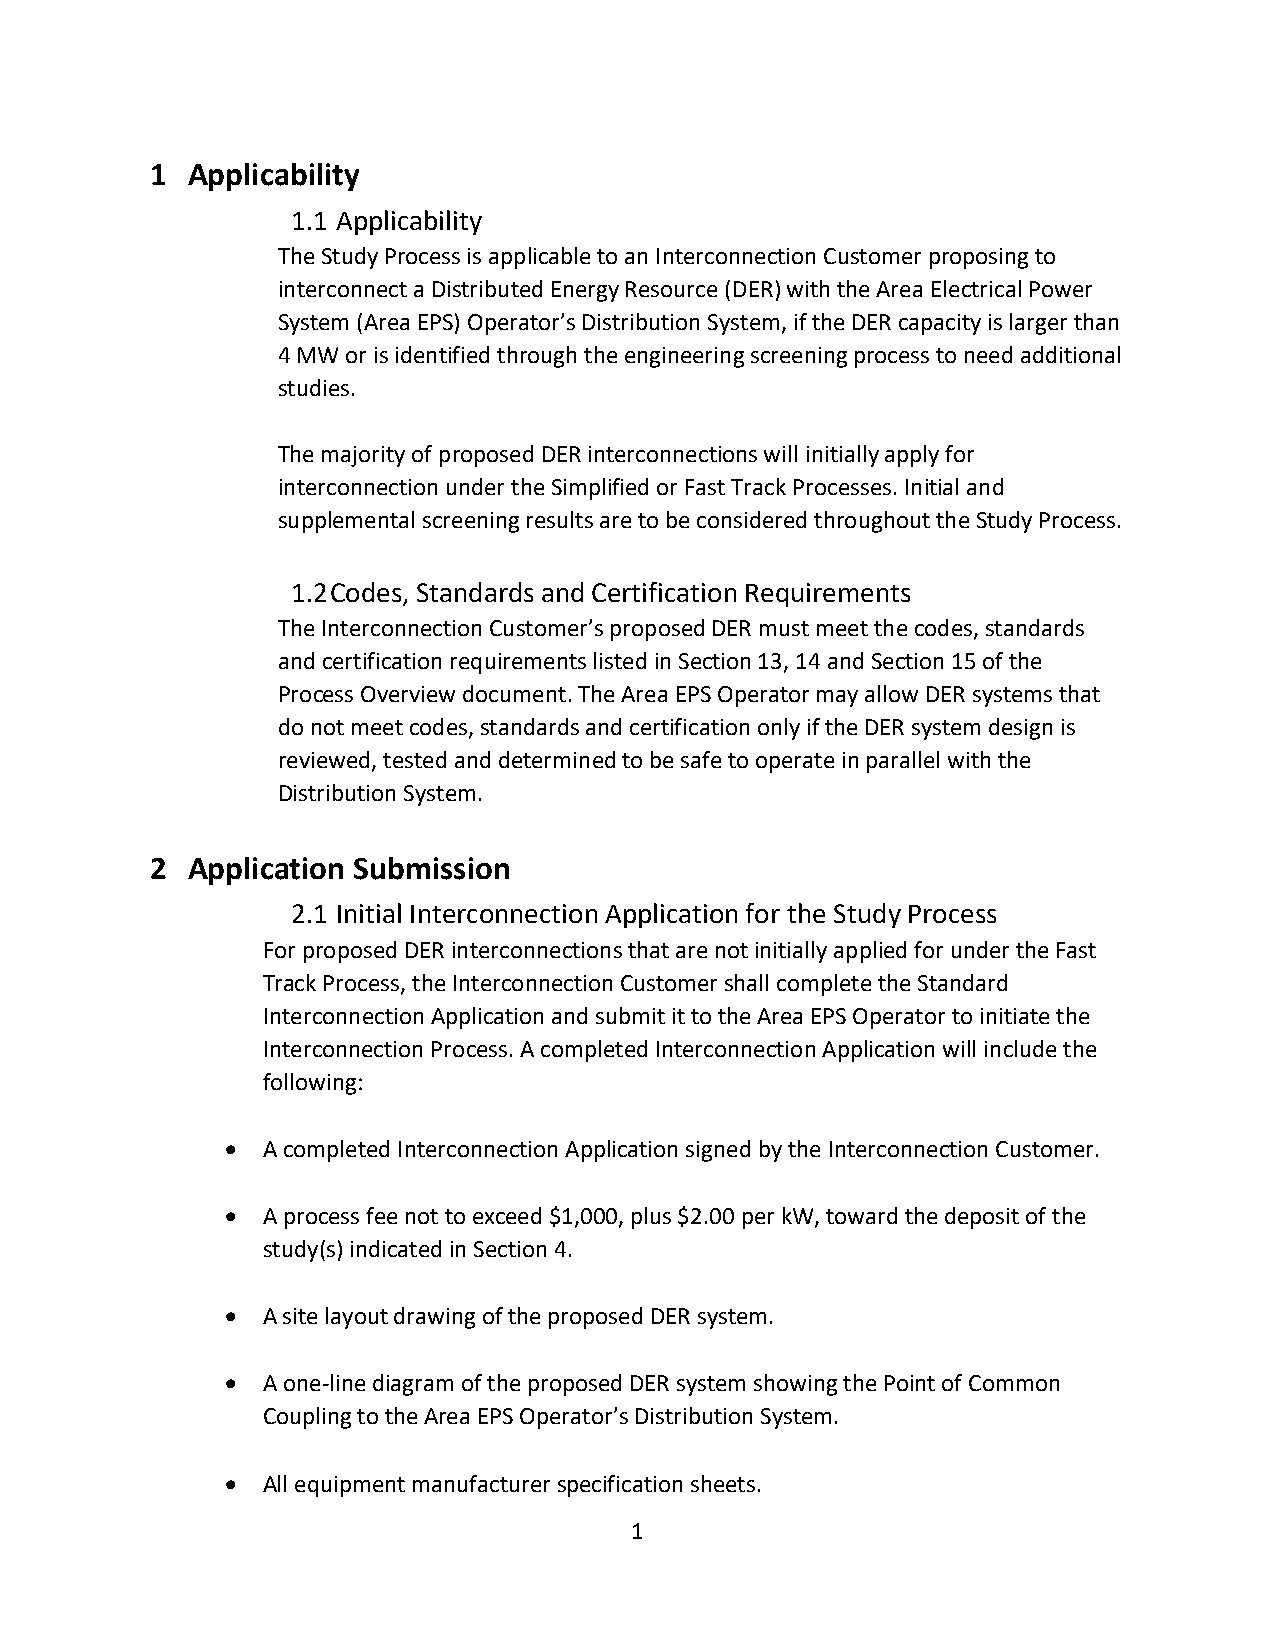
1 Applicability
 1.1 Applicability
 The Study Process is applicable to an Interconnection Customer proposing to
 interconnect a Distributed Energy Resource (DER) with the Area Electrical Power
 System (Area EPS) Operator’s Distribution System, if the DER capacity is larger than
 4 MW or is identified through the engineering screening process to need additional
 studies.
 The majority of proposed DER interconnections will initially apply for
 interconnection under the Simplified or Fast Track Processes. Initial and
 supplemental screening results are to be considered throughout the Study Process.
 1.2 Codes, Standards and Certification Requirements
 The Interconnection Customer’s proposed DER must meet the codes, standards
 and certification requirements listed in Section 13, 14 and Section 15 of the
 Process Overview document. The Area EPS Operator may allow DER systems that
 do not meet codes, standards and certification only if the DER system design is
 reviewed, tested and determined to be safe to operate in parallel with the
 Distribution System.
 2 Application Submission
 2.1 Initial Interconnection Application for the Study Process
 For proposed DER interconnections that are not initially applied for under the Fast
 Track Process, the Interconnection Customer shall complete the Standard
 Interconnection Application and submit it to the Area EPS Operator to initiate the
 Interconnection Process. A completed Interconnection Application will include the
 following:
  A completed Interconnection Application signed by the Interconnection Customer.
  A process fee not to exceed $1,000, plus $2.00 per kW, toward the deposit of the
 study(s) indicated in Section 4.
  A site layout drawing of the proposed DER system.
  A one-line diagram of the proposed DER system showing the Point of Common
 Coupling to the Area EPS Operator’s Distribution System.
  All equipment manufacturer specification sheets.
 1